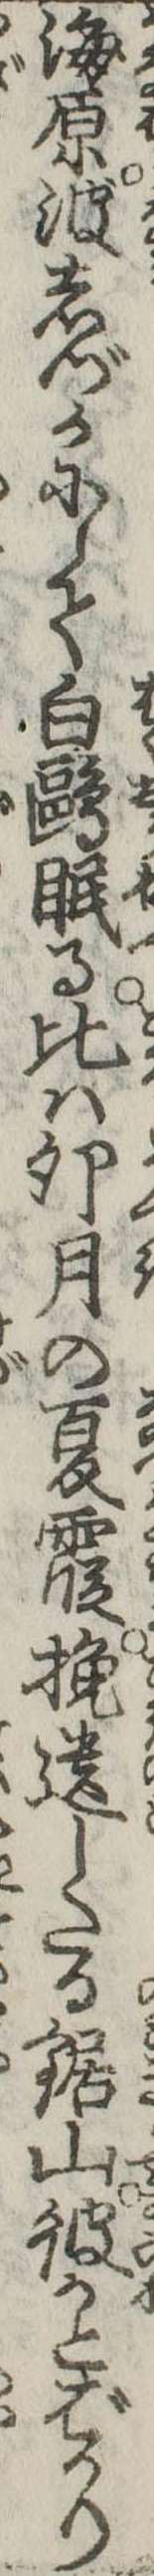
海原波しづかにして白鷗眠る比は卯月の夏霞挽遺したる鋸山彼かとばかり